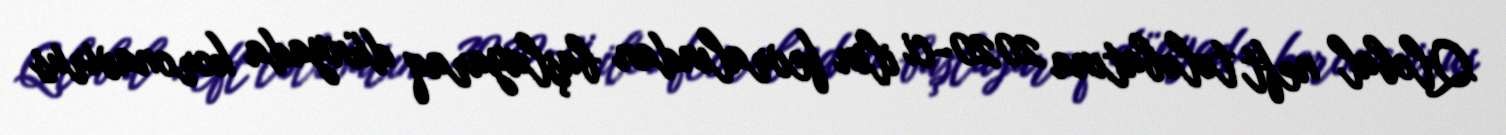
Qlobal neft tələbatına 2020-ci ilin fevralından başlayaraq dünyada koronavirus